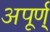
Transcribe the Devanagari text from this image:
अपूर्ण्